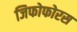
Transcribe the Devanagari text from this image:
जिफोफोरस